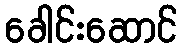
ခေါင်းဆောင်